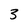
Character: 3